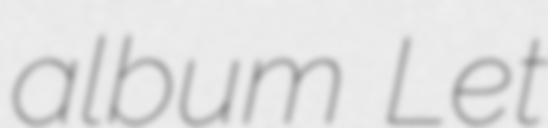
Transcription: album Let